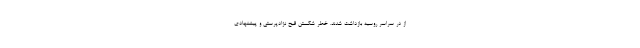
از در سراسر روسیه بازداشت شدند. خطر شکستن قبح نژادپرستی و پیشنهادی